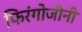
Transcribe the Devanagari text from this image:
फिरंगोजीनी